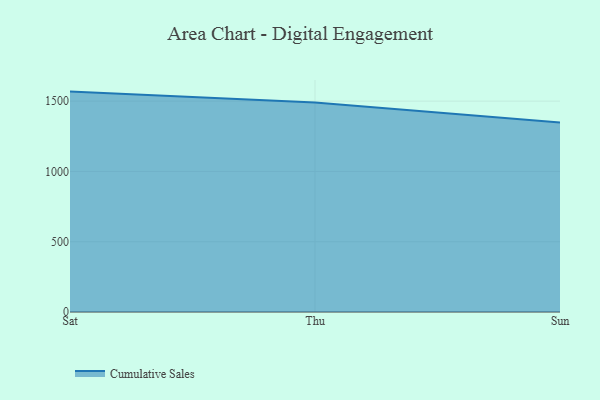
{"axis": {"x": "Day", "y": "Customer Acquisition Cost (USD)"}, "legend": ["Cumulative Sales"], "data": [{"x": "Sat", "y": 1567.7, "type": "Cumulative Sales"}, {"x": "Thu", "y": 1489.7, "type": "Cumulative Sales"}, {"x": "Sun", "y": 1348.4, "type": "Cumulative Sales"}]}